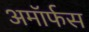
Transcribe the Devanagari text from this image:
अमॉर्फस